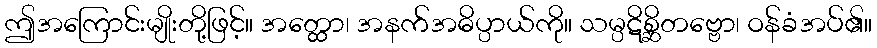
ဤအကြောင်းမျိုးတို့ဖြင့်။ အတ္ထော၊ အနက်အဓိပ္ပာယ်ကို။ သမ္ပဋိစ္ဆိတဗ္ဗော၊ ဝန်ခံအပ်၏။